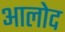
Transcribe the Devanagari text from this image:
आलोद